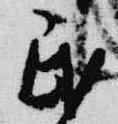
民